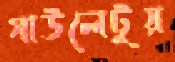
গাউলেটুয়